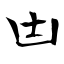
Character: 凷